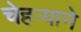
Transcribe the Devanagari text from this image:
चेहऱ्याने